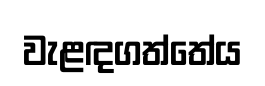
වැළඳගත්තේය